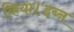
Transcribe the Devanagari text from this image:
किया।इब्न